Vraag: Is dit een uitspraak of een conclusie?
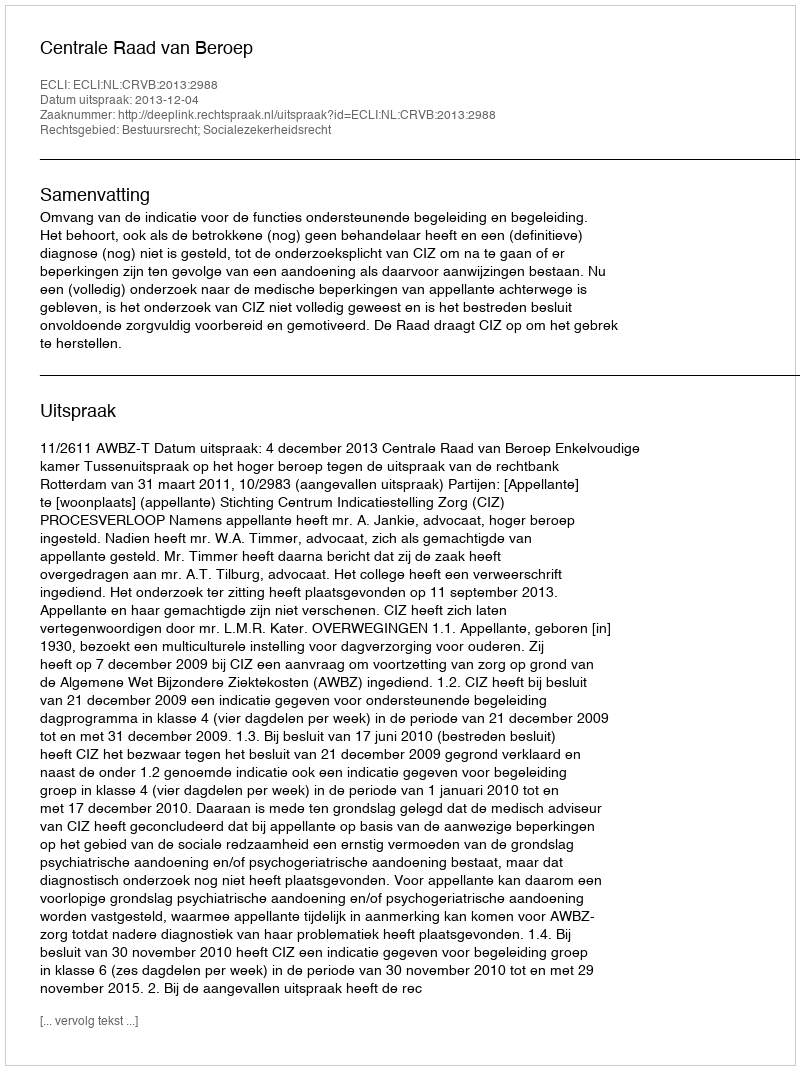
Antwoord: Uitspraak